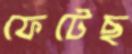
ফেটেছ